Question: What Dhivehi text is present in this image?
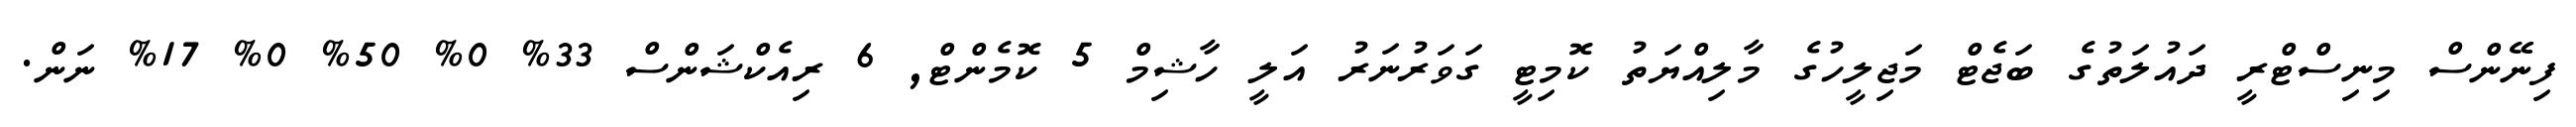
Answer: ފިނޭންސް މިނިސްޓްރީ ދައުލަތުގެ ބަޖެޓް މަޖިލީހުގެ މާލިއްޔަތު ކޮމިޓީ ގަވަރުނަރު އަލީ ހާޝިމް 5 ކޮމެންޓް, 6 ރިއެކްޝަންސް 33% 0% 50% 0% 17% ނަން.